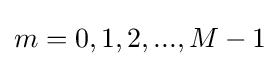
m=0,1,2,...,M-1